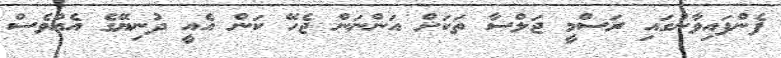
ފެންފައިވާނުގައި ރަސްމީ ޖަލްސާ ތަކަށް އަންނަން ޖެހޭ ކަން އެއީ ދުނިޔޭގެ އެއްވެސް